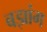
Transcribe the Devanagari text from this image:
बझांग